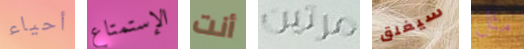
أحياء الإستمتاع أنت مرتين سيغلق مثل